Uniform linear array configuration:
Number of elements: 64
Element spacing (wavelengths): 0.5
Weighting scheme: hann
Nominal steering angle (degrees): -30
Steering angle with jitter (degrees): -28.218
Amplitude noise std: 0.05
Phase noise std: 0.05

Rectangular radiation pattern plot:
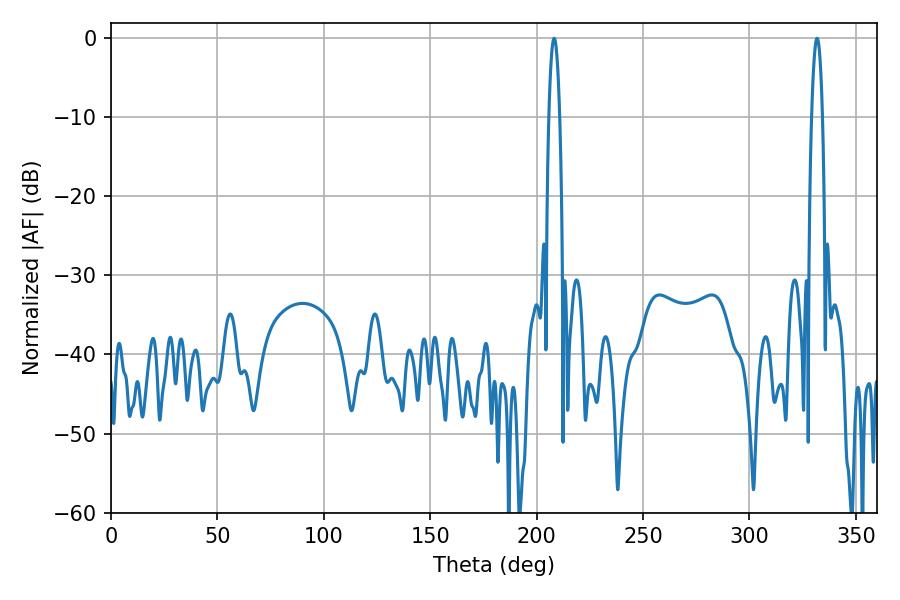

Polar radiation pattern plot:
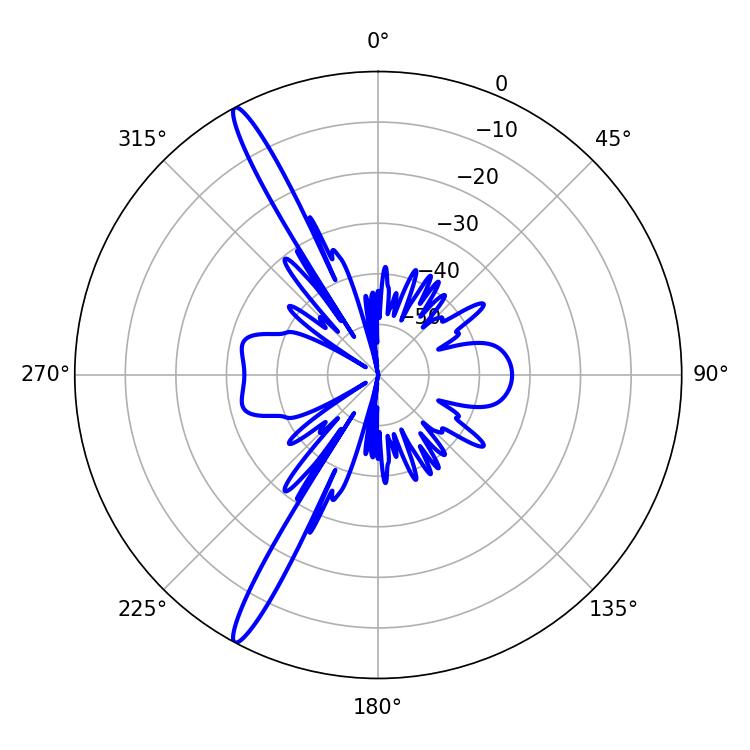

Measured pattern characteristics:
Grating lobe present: FALSE
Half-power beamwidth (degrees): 2.88
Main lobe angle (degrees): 331.74